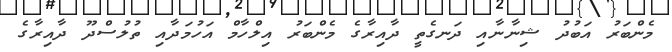
މެންބަރު އަބުދު ޝިނާނާއި ދަނގެތީ ދާއިރާގެ މެންބަރު އިލްހާމް އަހުމަދާއި ތުލުސްދޫ ދާއިރާގެ